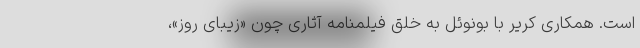
است. همکاری کریر با بونوئل به خلق فیلمنامه‌ آثاری چون «زیبای روز»،